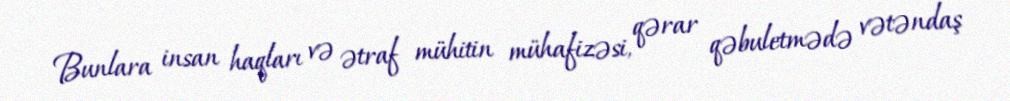
Bunlara insan haqları və ətraf mühitin mühafizəsi, qərar qəbuletmədə vətəndaş